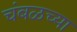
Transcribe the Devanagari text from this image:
चंबळच्या